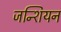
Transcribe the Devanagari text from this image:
जन्शियन